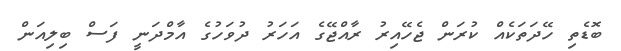
ބޮޑެތި ހޭދަތަކެއް ކުރަން ޖެހޭއިރު ރާއްޖޭގެ އަހަރު ދުވަހުގެ އާމްދަނީ ފަސް ބިލިއަން